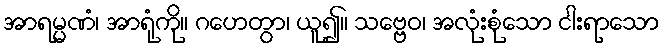
အာရမ္မဏံ၊ အာရုံကို။ ဂဟေတွာ၊ ယူ၍။ သဗ္ဗေဝ၊ အလုံးစုံသော ငါးရာသော